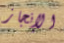
الإنجاز